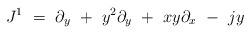
\begin{align*}J^1\ =\ \partial_y \ + \ y^2\partial_y\ + \ xy\partial_x\ - \ jy\end{align*}